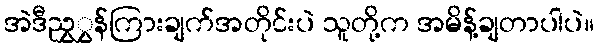
အဲဒီညွှွှန်ကြားချက်အတိုင်းပဲ သူတို့က အမိန့်ချတာပါပဲ။